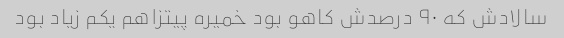
سالادش که ۹۰ درصدش کاهو بود خمیره پیتزاهم یکم زیاد بود